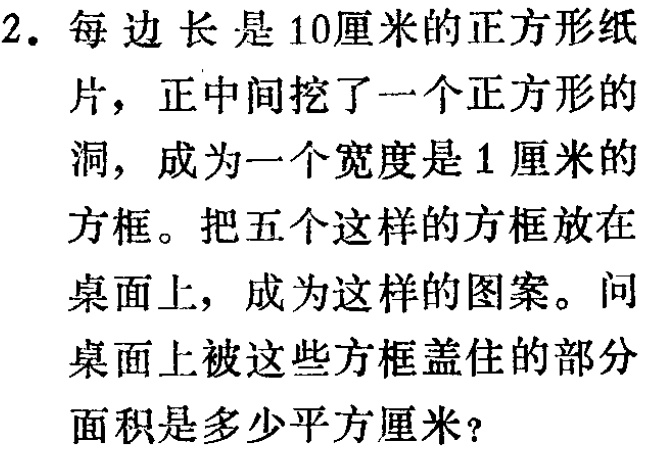
2. 每边长是10厘米的正方形纸片，正中间挖了一个正方形的洞，成为一个宽度是1厘米的方框。把五个这样的方框放在桌面上，成为这样的图案。问桌面上被这些方框盖住的部分面积是多少平方厘米？